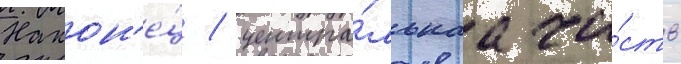
Након'е́ц / центра́льнаа ча́сть